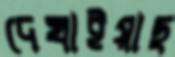
দেখাইয়াছ